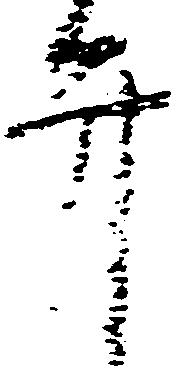
弁